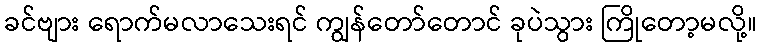
ခင်ဗျား ရောက်မလာသေးရင် ကျွန်တော်တောင် ခုပဲသွား ကြိုတော့မလို့။